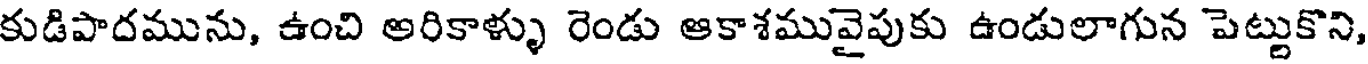
కుడిపాదమును, ఉంచి అరికాళ్ళు రెండు ఆకాశమువైపుకు ఉండులాగున పెట్టుకొని,